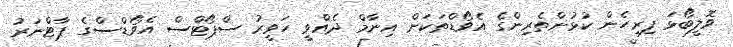
ވޮލީބޯޅަ ފިރިހެން ކުޅުންތެރިންގެ އެވޯޑްތަކަށް އިނާމް ދެއްވީ ހަވީރު ސްޕޯޓްސް އެވޯޑްސްގެ ޕާޓްނަރު